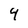
Character: 4